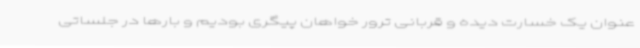
عنوان یک خسارت دیده و قربانی ترور خواهان پیگری بودیم و بارها در جلساتی